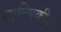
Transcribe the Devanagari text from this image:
वाल्‍मिकीजी